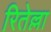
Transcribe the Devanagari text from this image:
रितेल्ला